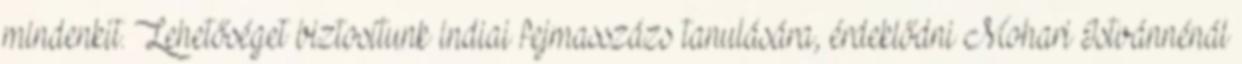
mindenkit. Lehetőséget biztosítunk indiai fejmasszázs tanulására, érdeklődni Mohari Istvánnénál